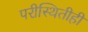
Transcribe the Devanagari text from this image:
परीस्थितीही